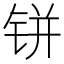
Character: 𰽼